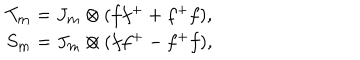
\begin{array} { c c c c } { { T _ { \bf m } = J _ { \bf m } \otimes ( f f ^ { + } + f ^ { + } f ) , } } \\ { { S _ { \bf m } = J _ { \bf m } \otimes ( f f ^ { + } - f ^ { + } f ) , } } \\ \end{array}